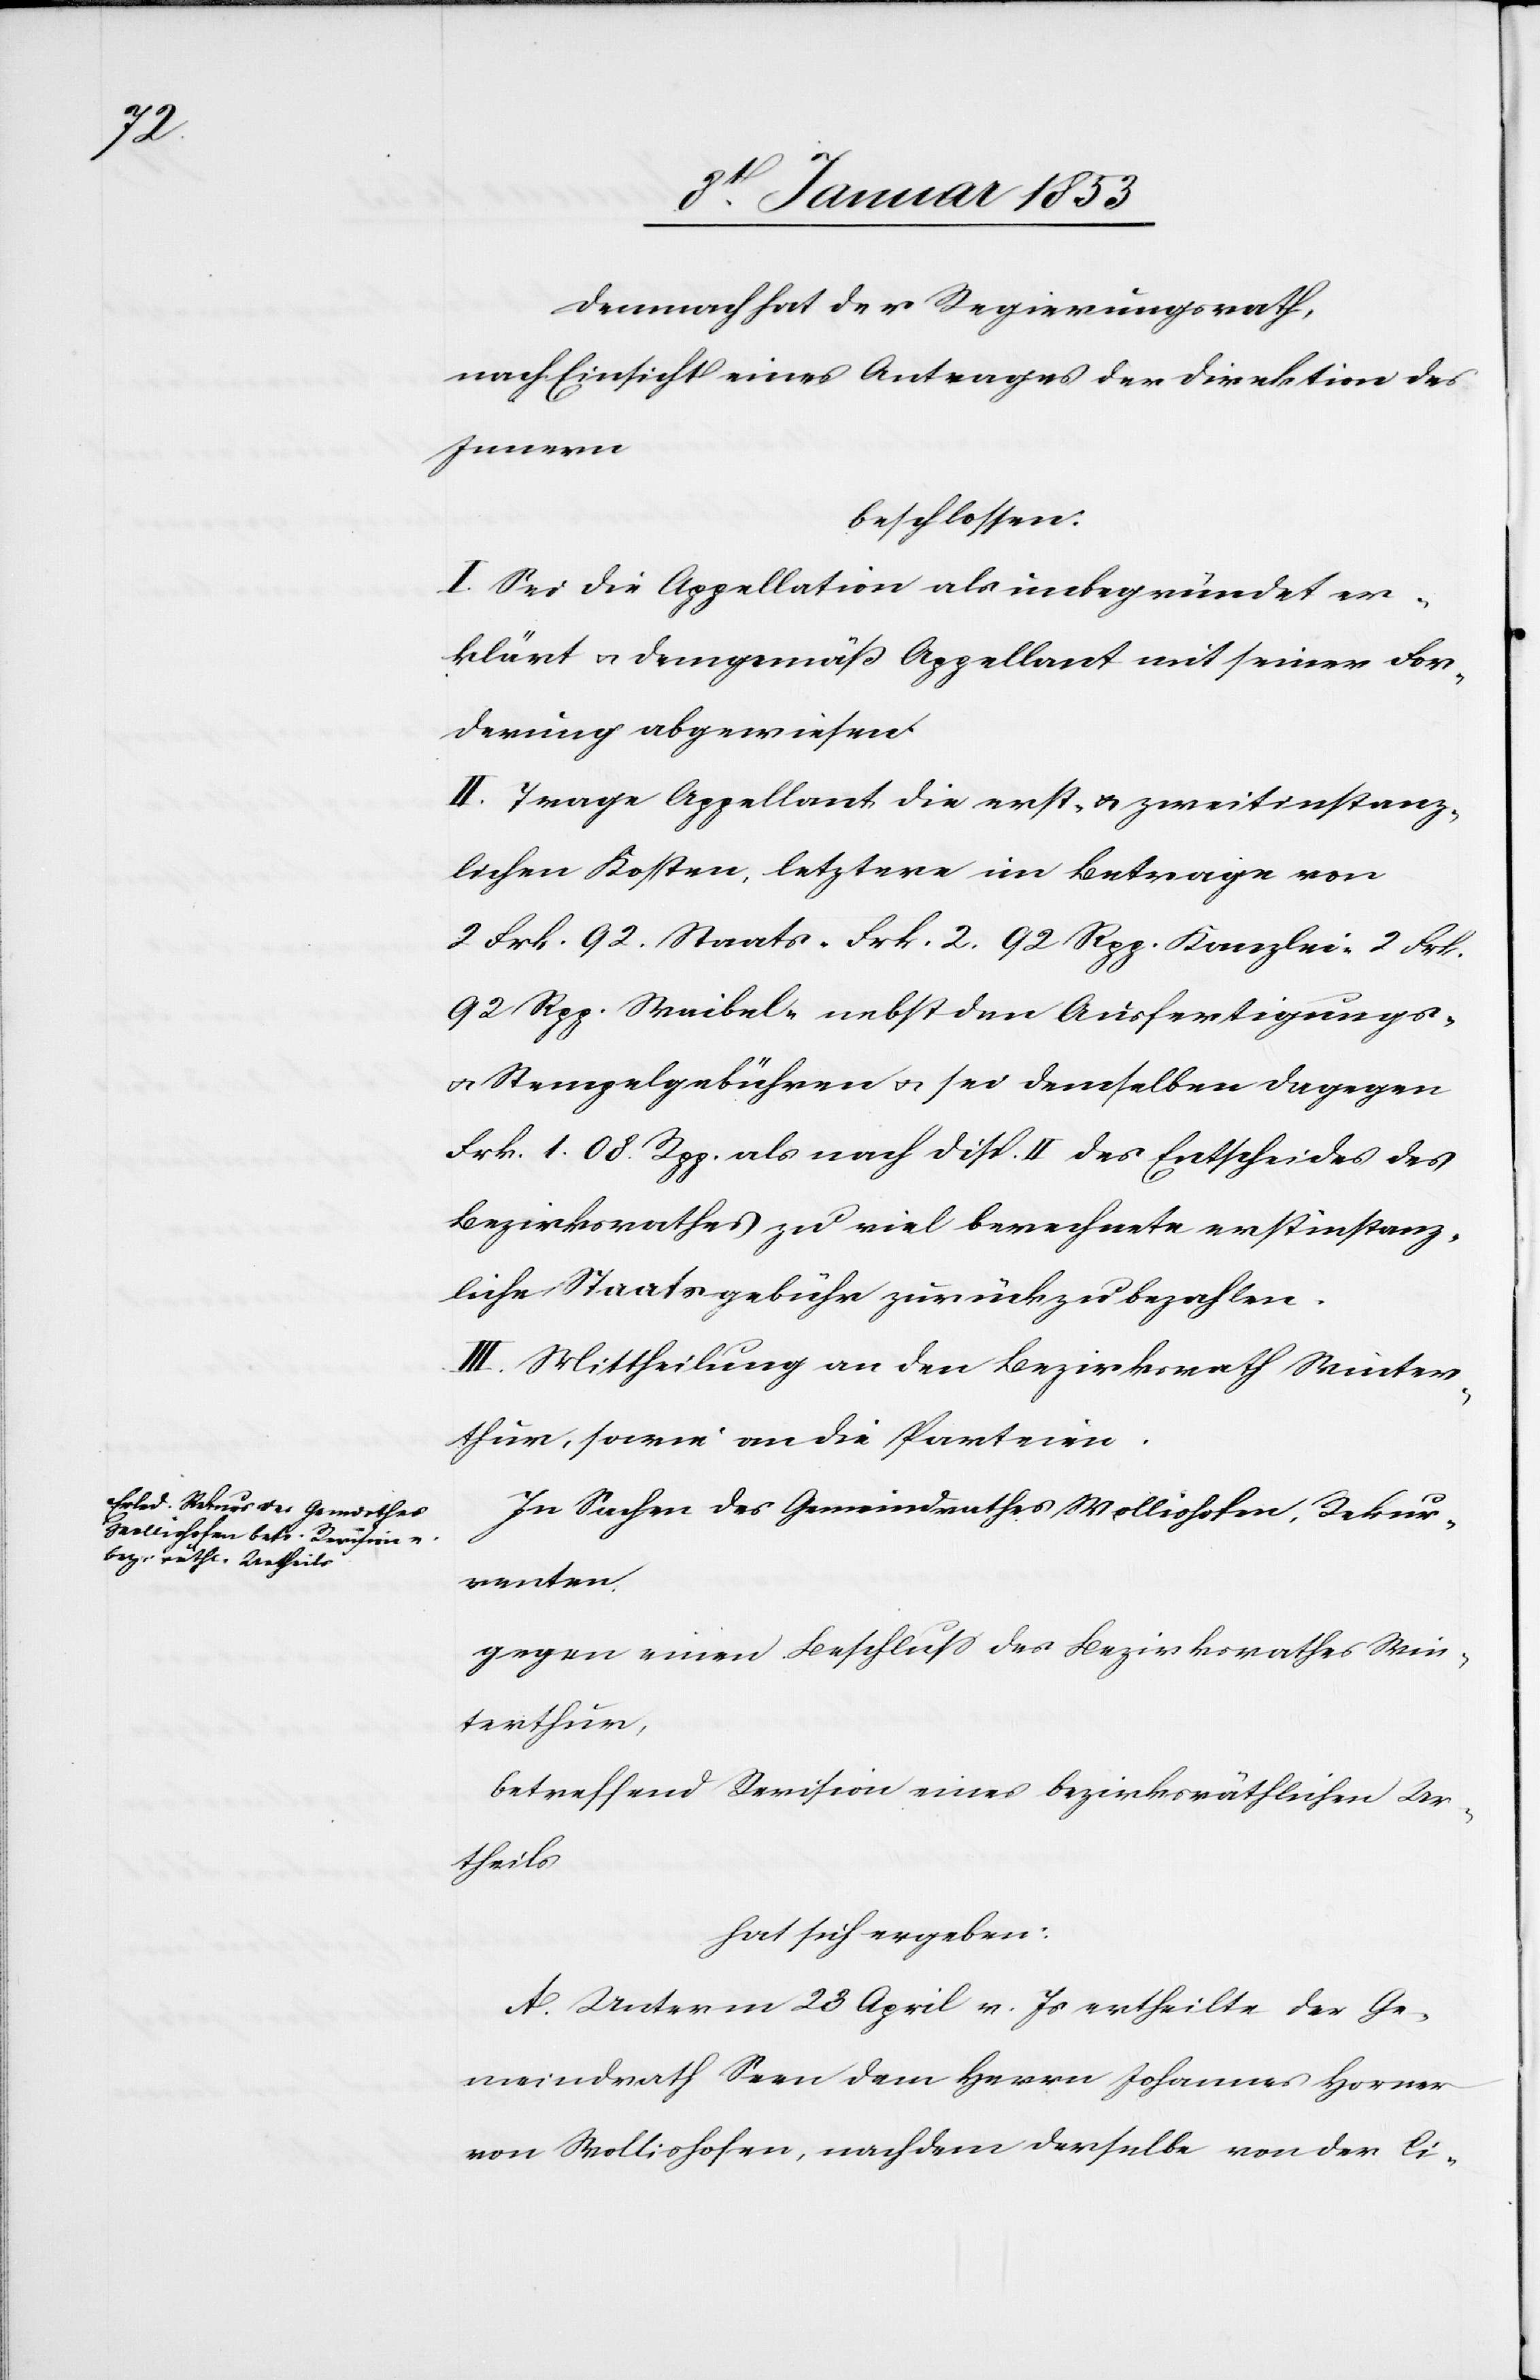
Demnach hat der Regierungsrath,
nach Einsicht eines Antrages der Direktion des
Innern
beschlossen:
I. Sei die Appellation als unbegründet er¬
klärt u. demgemäß Appellant mit seiner For¬
derung abgewiesen.
II. Trage Appellant die erst- u. zweitinstanz¬
lichen Kosten letztere im Betrage von
2 Frk 92 Staats- Frk 2. 92 Rpp. Kanzlei 2 Frk
92 Rpp. Waibel- nebst den Ausfertigungs-
u. Stempelgebühren u. sei demselben dagegen
Frk 1. 08 Rpp. als nach disp. II des Entscheides des
Bezirksrathes zu viel berechnete erstinstanz¬
liche Staatsgebühr zurückzubezahlen.
III. Mittheilung an den Bezirksrath Winter¬
thur, sowie an die Parteien.
In Sachen des Gemeindrathes Wollishofen, Rekur¬
renten
gegen einen Beschluß des Bezirksrathes Win¬
terthur,
betreffend Revision eines bezirksräthlichen Ur¬
theils
hat sich ergeben:
Unterm 28 April v. Js. ertheilte der Ge¬
meindrath Seen dem Herrn Johannes Horner
von Wollishofen, nachdem derselbe von der Ci-